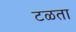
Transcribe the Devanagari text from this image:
टळता